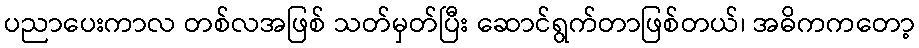
ပညာပေးကာလ တစ်လအဖြစ် သတ်မှတ်ပြီး ဆောင်ရွက်တာဖြစ်တယ်၊ အဓိကကတော့